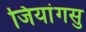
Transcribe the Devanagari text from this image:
जियांगसु